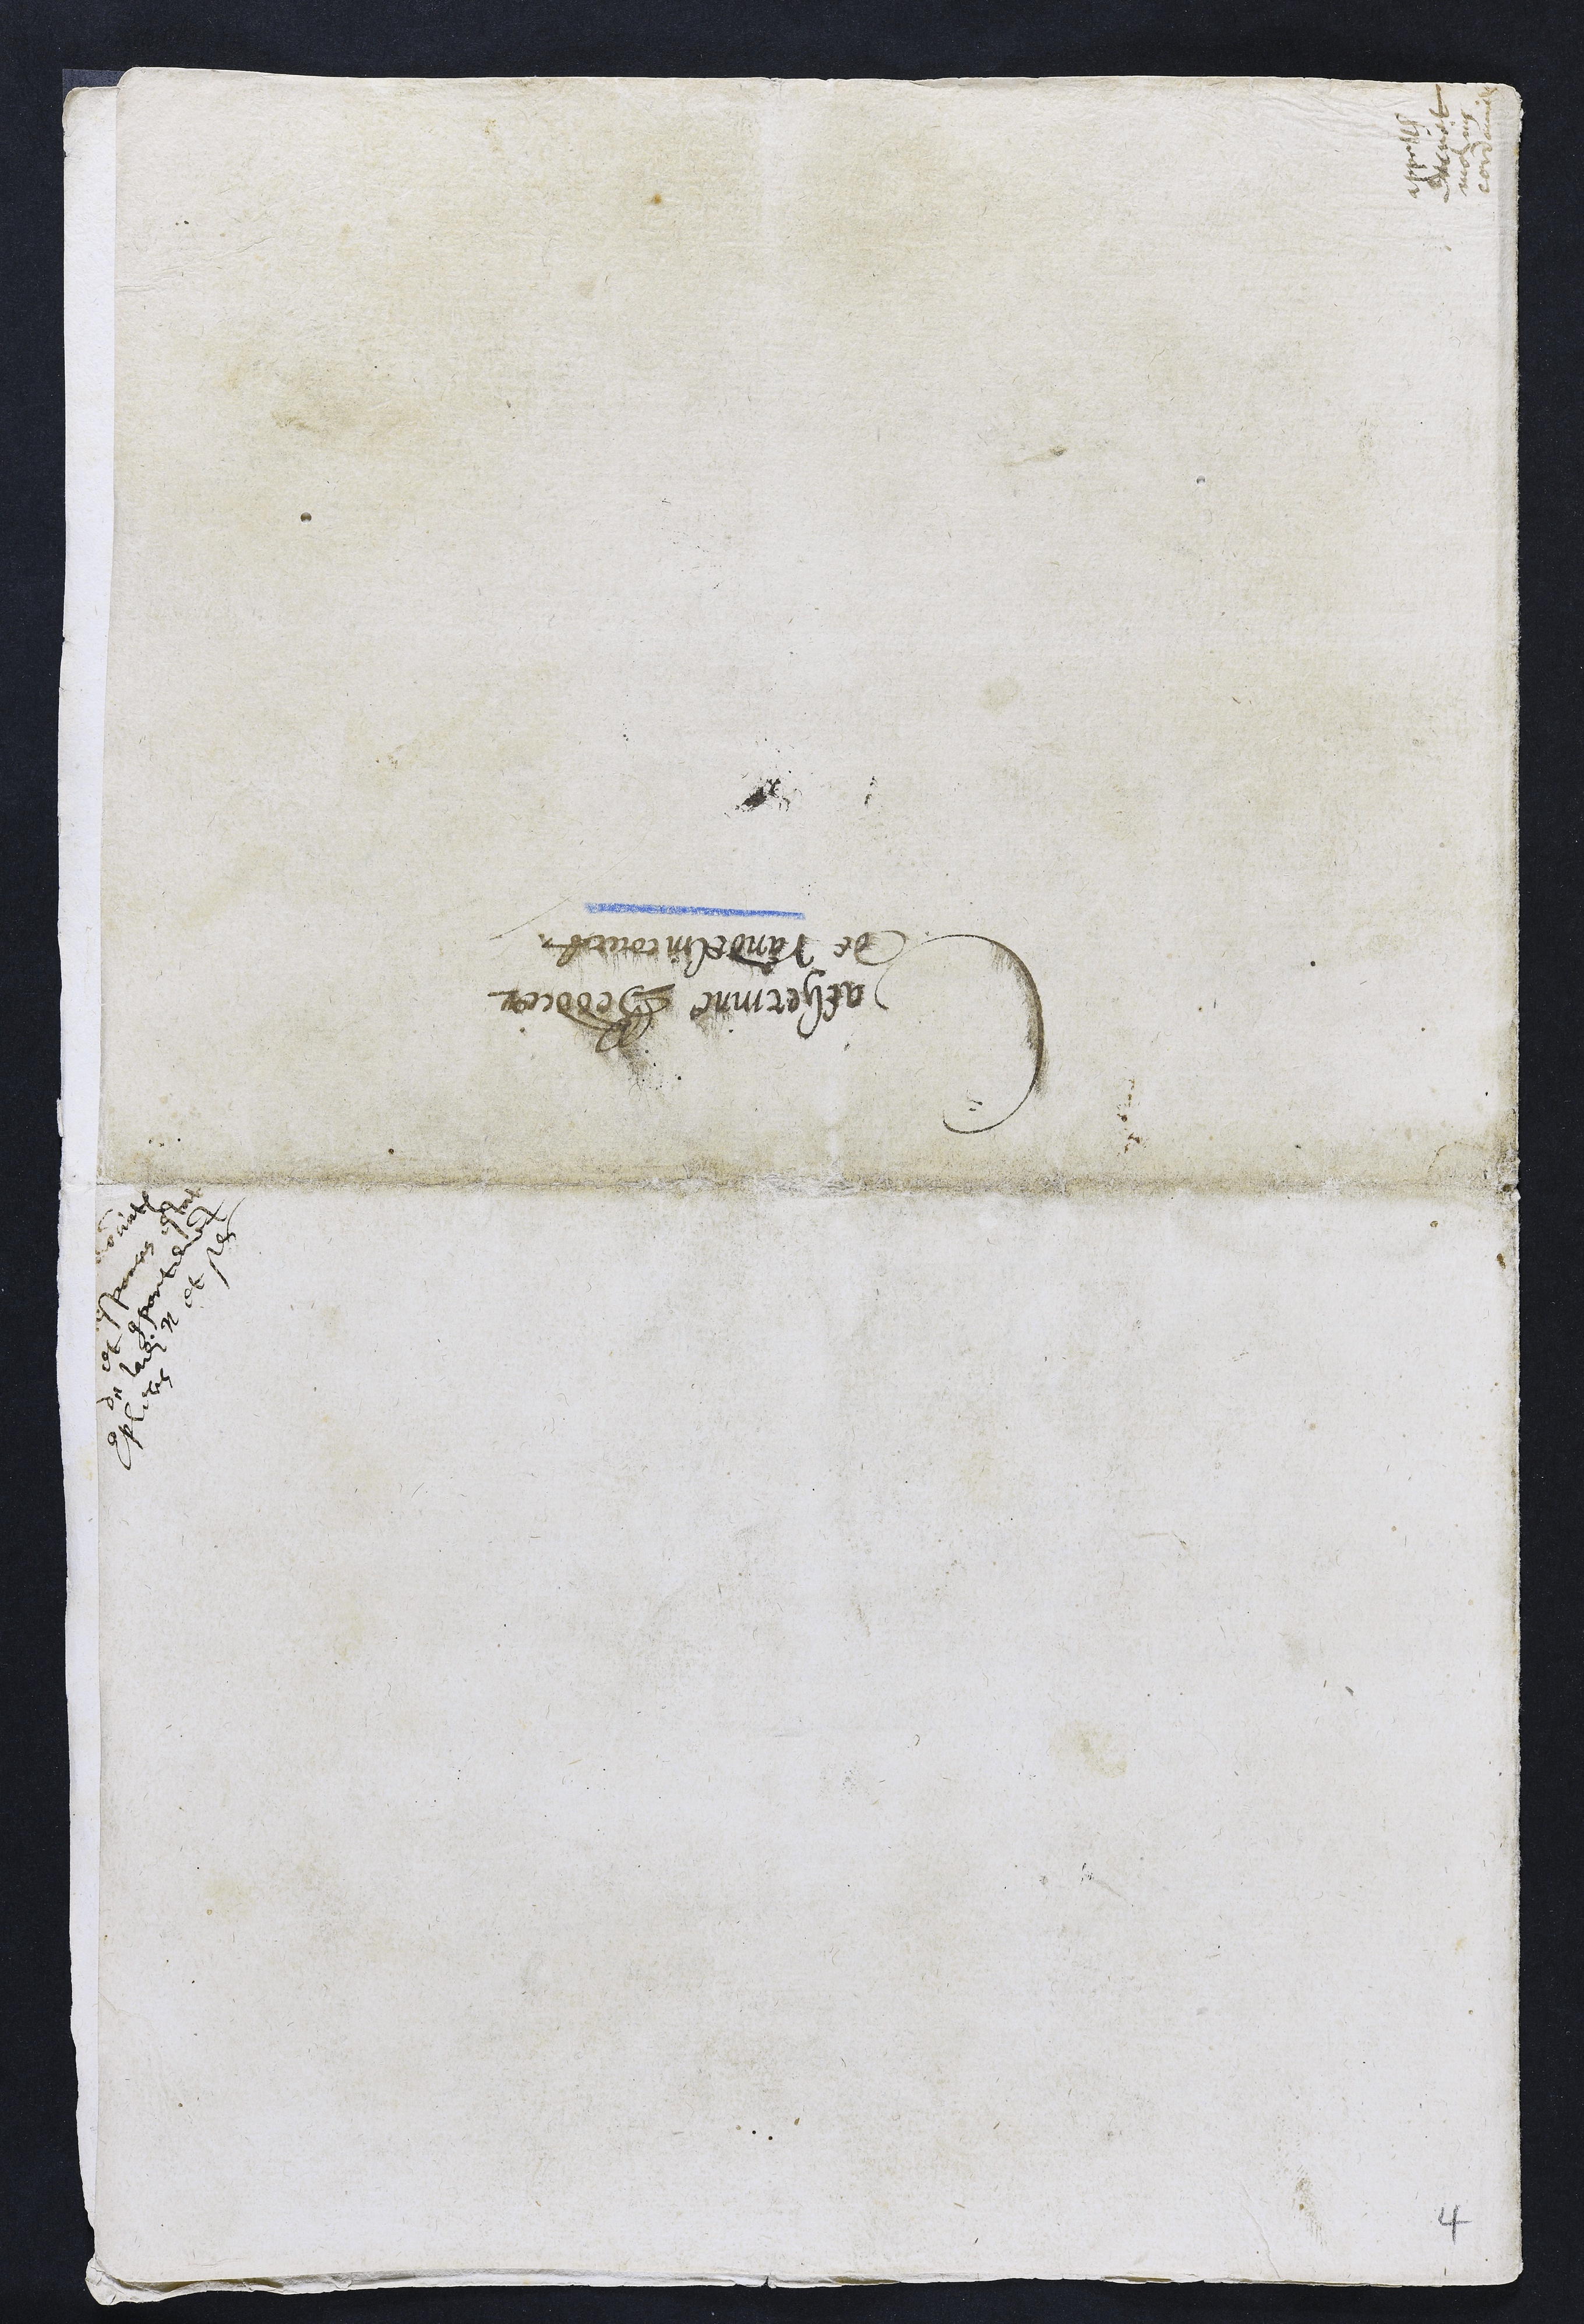
Catherinne Beddier

de Vandelincourt

appellation
decret
molins
cordonnier
denonciation
responces estat

et comportement

de ladite N et ses

complices
4